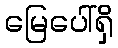
မြေပေါ်ရှိ